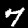
Label: 7